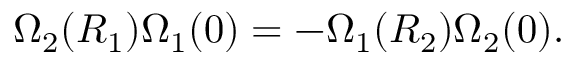
\Omega _ { 2 } ( R _ { 1 } ) \Omega _ { 1 } ( 0 ) = - \Omega _ { 1 } ( R _ { 2 } ) \Omega _ { 2 } ( 0 ) .